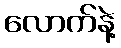
လောက်နဲ့